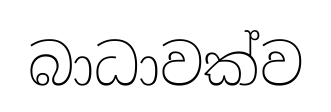
බාධාවක්ව